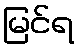
မြင်ရ